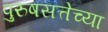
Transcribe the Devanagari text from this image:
पुरुषसत्तेच्या